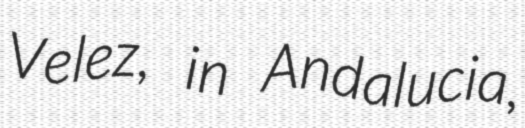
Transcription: Velez, in Andalucia,